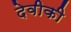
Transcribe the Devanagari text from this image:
देवीकी